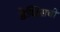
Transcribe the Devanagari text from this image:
डेव्हिसची